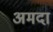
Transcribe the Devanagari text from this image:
अमदा